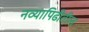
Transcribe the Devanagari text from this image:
नव्यापिढीतील